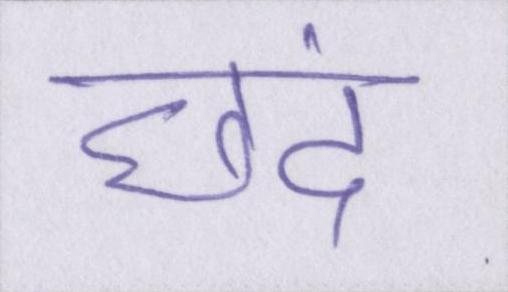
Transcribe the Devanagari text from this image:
छंद